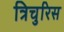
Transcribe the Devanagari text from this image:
त्रिचुरिस